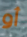
أو